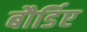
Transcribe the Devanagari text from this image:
बौर्डिए